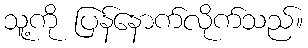
သူ့ကို ပြန်နောက်လိုက်သည်။